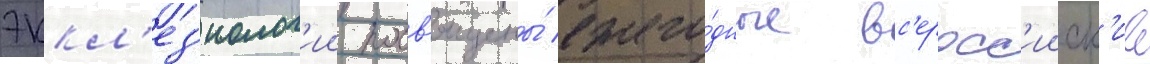
эккл'ез'иолог'ии посв'ящены́ ежего́дные вс'еросс'ииск'ие